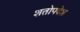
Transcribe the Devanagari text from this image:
शतोपदेश